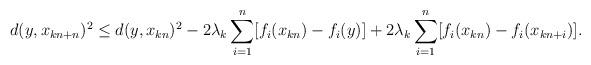
LaTeX: \begin{align*}d(y,x_{kn+n})^2 \leq d(y,x_{kn})^2-2\lambda_k\sum_{i=1}^n[f_i(x_{kn})-f_i(y)]+2\lambda_k\sum_{i=1}^n[f_i(x_{kn})-f_i(x_{kn+i})].\end{align*}